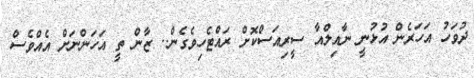
ދުވަހު އަހަރެން އުޅުނީ ނާއިލްއާ ސީރިއަސްކޮށް ރައްޓެހިވެގެން.. ޒާން ތީ އަހަންނަށް އެއްވެސް